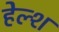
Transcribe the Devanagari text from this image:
हेल्श